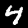
Digit: 4